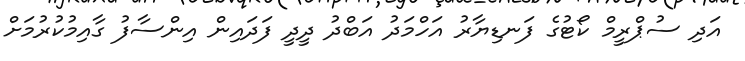
އަދި ސުޕްރީމް ކޯޓުގެ ފަނޑިޔާރު އަހްމަދު އަބްދު ދީދީ ފަދައިން އިންސާފު ގާއިމުކުރުމަށް